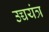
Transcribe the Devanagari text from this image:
उच्चयंत्र